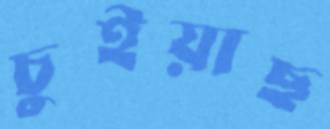
চুইয়াছ